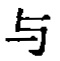
与